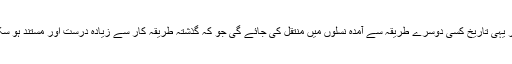
آنے والے دور میں ممکنہ طور پر یہی تاریخ کسی دوسرے طریقہ سے آمدہ نسلوں میں منتقل کی جائے گی جو کہ گذشتہ طریقہ کار سے زیادہ درست اور مستند ہو سکتا ہے جیسا کہ ویڈیو ریکارڈنگ۔